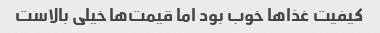
کیفیت غذاها خوب بود اما قیمت‌ها خیلی بالاست